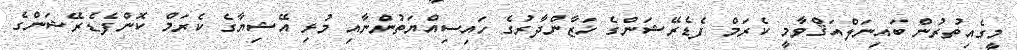
މީގެއިތުރުން ބައިނަލްއަޤްވާމީ ކެރަމް ފެޑެރޭޝަންގެ ޚަޒާންދާރުގެ ހައިސިއްޔަތުންނާއި މުޅި އޭޝިޔާގެ ކެރަމް ކޮންފެޑެރޭޝަންގެ